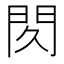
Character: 𰿙